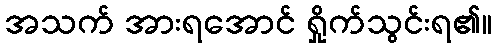
အသက် အားရအောင် ရှိုက်သွင်းရ၏။